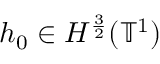
h _ { 0 } \in H ^ { \frac 3 2 } ( \ensuremath { \mathbb { T } } ^ { 1 } )